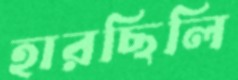
হারছিলি